Annual report on the Civil Veterinary Department, Burma (including the Insein Veterinary School) - 1910-1922
Year: 1910
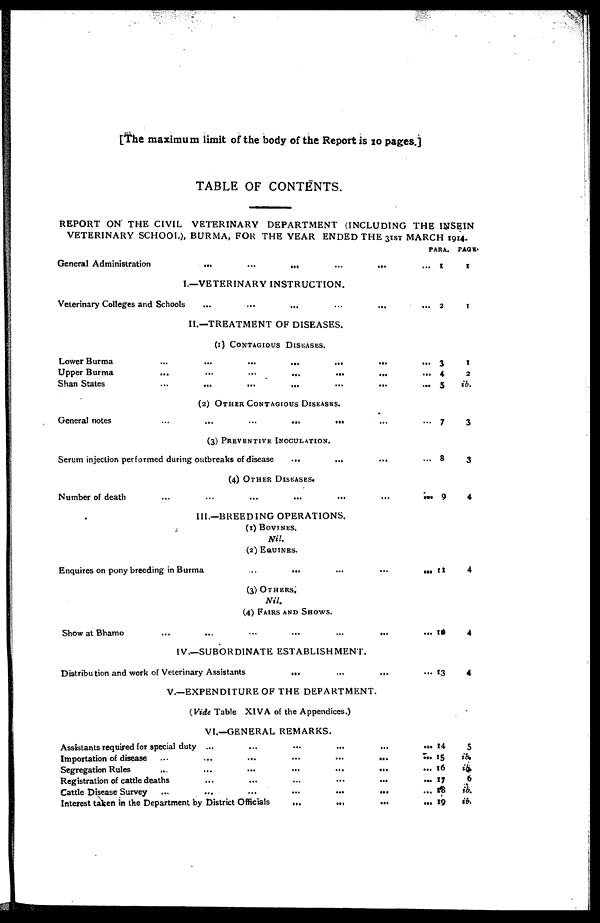
[The maximum limit of the body of the Report is 10 pages.]
TABLE OF CONTENTS.
REPORT ON THE CIVIL VETERINARY DEPARTMENT (INCLUDING THE INSEIN
VETERINARY SCHOOL), BURMA, FOR THE YEAR ENDED THE 31ST MARCH 1914.
General Administration
...
...
...
...
...
I.—VETERINARY INSTRUCTION.
Veterinary Colleges and Schools
...
...
...
...
...
II.—TREATMENT OF DISEASES.
(1) CONTAGIOUS DISEASES.
Lower Burma
...
...
...
...
...
...
...
Upper Burma
...
...
...
...
...
...
...
Shan States
...
...
...
...
...
...
...
(2) OTHER CONTAGIOUS DISEASES.
General notes
...
...
...
...
...
(3) PREVENTIVE INOCULATION.
Serum injection performed during outbreaks of disease
...
...
(4) OTHER DISEASES.
Number of death
...
...
...
...
...
...
...
III.—BREEDING OPERATIONS.
(1) BOVINES.
Nil.
(2) EQUINES
Enquires on pony breeding in Burma
...
...
...
...
...
(3) OTHERS.
Nil.
(4) FAIRS AND SHOWS.
Show at Bhamo
...
...
...
...
...
...
...
IV.—SUBORDINATE ESTABLISHMENT.
Distribution and work of Veterinary Assistants ... ... ... ...
V.—EXPENDITURE OF THE DEPARTMENT.
(Vide Table XIVA of the Appendices.)
VI.—GENERAL REMARKS.
Assistants required for special duty ...
...
...
...
...
...
Importation of disease
...
...
...
...
...
...
...
Segregation Rules
...
...
...
...
...
...
...
Registration of cattle deaths
...
...
...
...
...
...
Cattle Disease Survey
...
...
...
...
...
...
Interest taken in the Department by District Officials
...
...
...
...
ARA.
1
2
3
4
5
7
8
9
11
10
13
14
15
16
17
18
19
PAGE.
1
I
1
2
ib.
3
3
4
4
4
4
$
ib.
ib
6
ib.
ib,